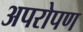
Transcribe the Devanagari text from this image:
अपरोपण